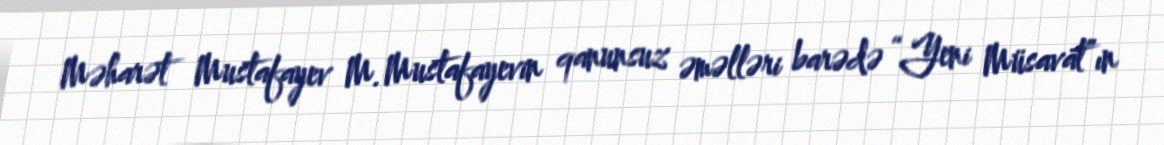
Məharət Mustafayev M.Mustafayevin qanunsuz əməlləri barədə “Yeni Müsavat”ın